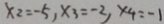
x _ { 2 } = - 5 , x _ { 3 } = - 2 , x _ { 4 } = - 1